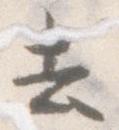
去